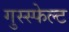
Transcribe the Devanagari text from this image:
गुस्स्फेल्ट